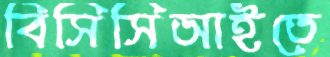
বিসিসিআইতে